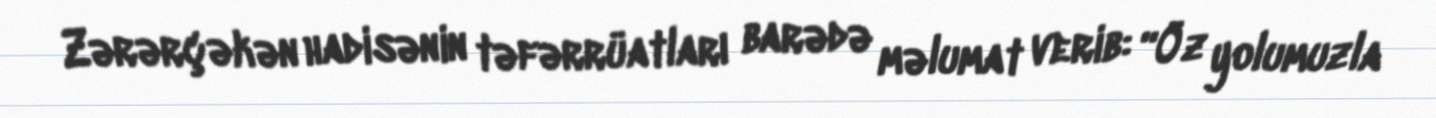
Zərərçəkən hadisənin təfərrüatları barədə məlumat verib: “Öz yolumuzla